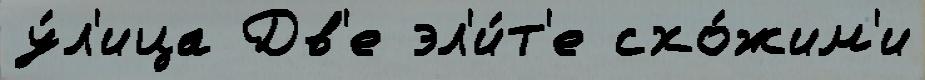
у́л'ица Дв'е эл'и́т'е схо́жим'и